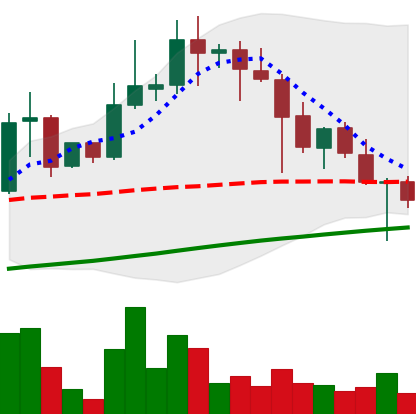
Ticker: XLM-USD
Chart end date: 2021-04-24
Forward return: 15.514%
Label: up_7plus